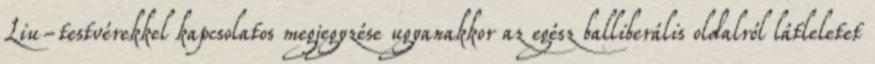
Liu-testvérekkel kapcsolatos megjegyzése ugyanakkor az egész balliberális oldalról látleletet